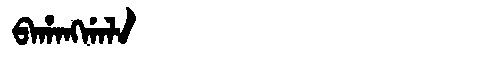
Manchu: ᠪᠠᡥᠠᠩᡤᠠᠯᠠ
Romanization: BAHANGGALA